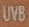
UVB